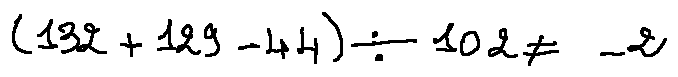
( 1 3 2 + 1 2 9 - 4 4 ) \div 1 0 2 \neq - 2